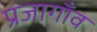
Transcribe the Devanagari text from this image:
प्रजागाँव